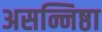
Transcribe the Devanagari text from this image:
असन्निष्ठा